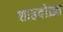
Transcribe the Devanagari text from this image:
शाहदोख़्त